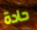
حادة